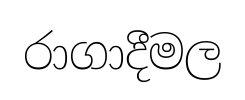
රාගාදීමල